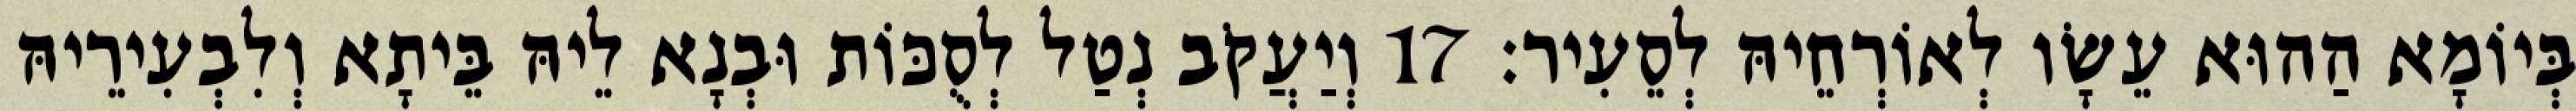
בְּיוֹמָא הַהוּא עֵשָׂו לְאוֹרְחֵיהּ לְסֵעִיר׃ 17 וְיַעֲקֹב נְטַל לְסֻכּוֹת וּבְנָא לֵיהּ בֵּיתָא וְלִבְעִירֵיהּ